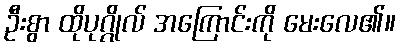
ဦးစွာ ထိုပုဂ္ဂိုလ် အကြောင်းကို မေးလေ၏။